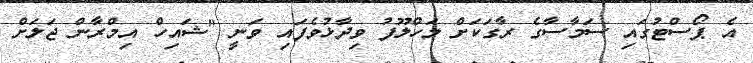
އެ ޕޯސްޓުގައި ސަމާސާގެ ރާގަކަށް މަހްލޫފު ވިދާޅުވެފައި ވަނީ "ޝައިހް އިމްރާން ޖަލަށް